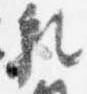
乳